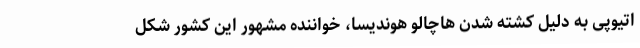
اتیوپی به دلیل کشته شدن هاچالو هوندیسا، خواننده مشهور این کشور شکل